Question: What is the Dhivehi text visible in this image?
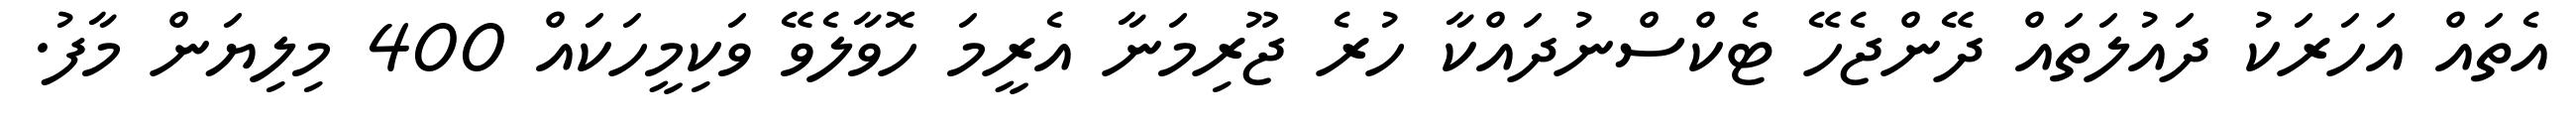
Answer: އެތައް އަހަރަކު ދައުލަތައް ދޭންޖެހޭ ޓެކްސްނުދައްކާ ހުރެ ޖޫރިމަނާ އެރީމަ ހޮވާލެވޭ ވަކިމީހަކައް 400 މިލިޔަން މާފު.